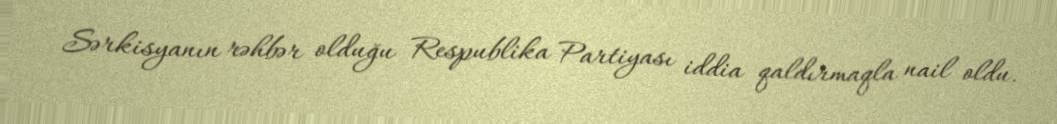
Sərkisyanın rəhbər olduğu Respublika Partiyası iddia qaldırmaqla nail oldu.